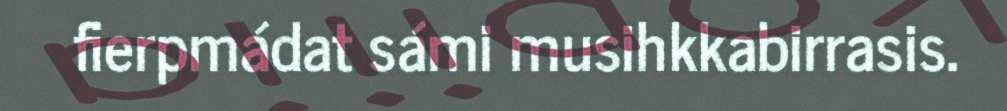
fierpmádat sámi musihkkabirrasis.